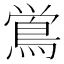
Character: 鴬